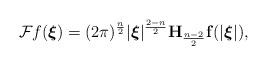
LaTeX: \begin{align*}\mathcal F_{{}}f(\boldsymbol\xi)=(2\pi)^\frac n2|\boldsymbol\xi|^\frac{2-n}2\mathbf H_{\frac{n-2}2}\mathbf f(|\boldsymbol\xi|),\end{align*}